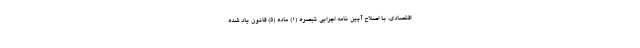
اقتصادی، با اصلاح آیین نامه اجرایی تبصره (1) ماده (5) قانون یاد شده